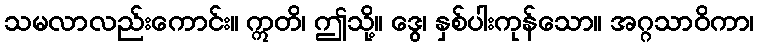
သမလာလည်းကောင်း။ ဣတိ၊ ဤသို့။ ဒွေ၊ နှစ်ပါးကုန်သော။ အဂ္ဂသာဝိကာ၊